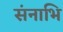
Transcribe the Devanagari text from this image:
संनाभि